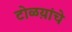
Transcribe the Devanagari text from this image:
टोळय़ांचे